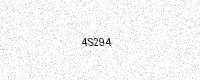
Text: 4S294